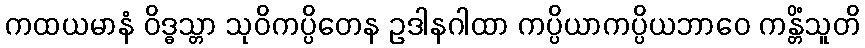
ကထယမာနံ ဝိဒ္ဓသ္တာ သုဝိကပ္ပိတေန ဥဒါနဂါထာ ကပ္ပိယာကပ္ပိယဘာဝေ ကန္တိံသူတိ